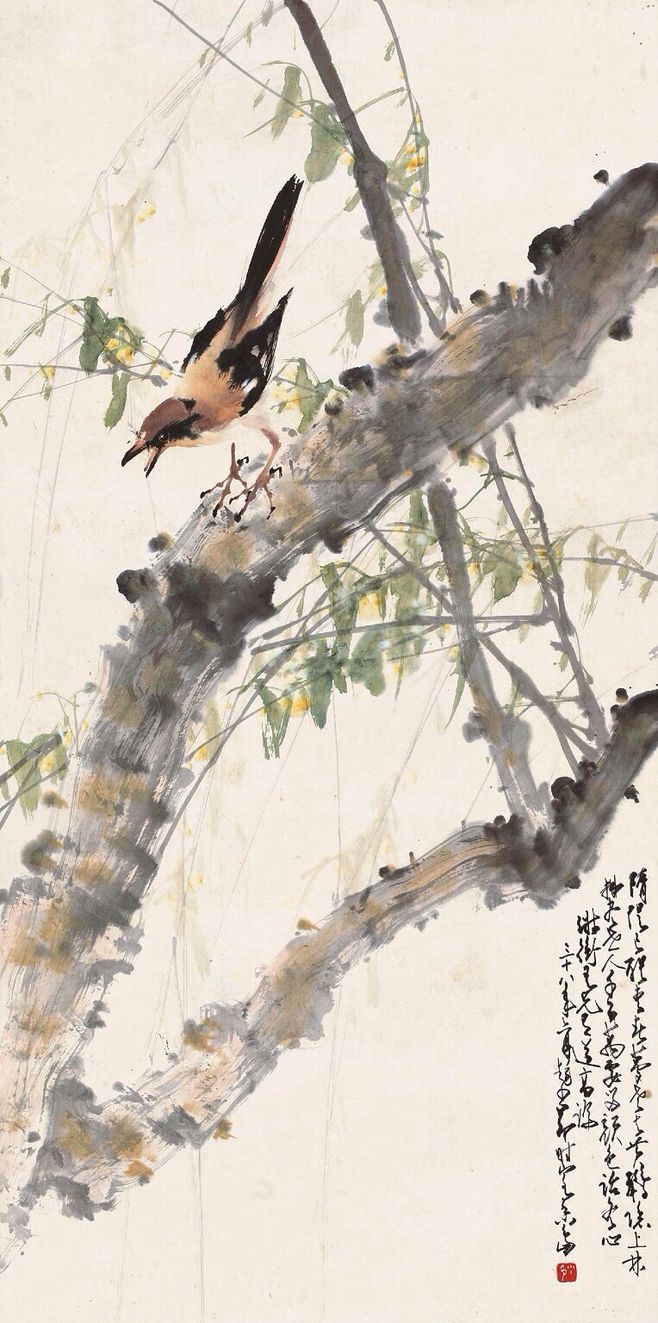
恼他香阁浓睡，撩乱有啼莺。